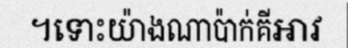
។ទោះយ៉ាងណាប៉ាក់គីអាវ